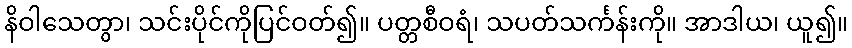
နိဝါသေတွာ၊ သင်းပိုင်ကိုပြင်ဝတ်၍။ ပတ္တစီဝရံ၊ သပတ်သင်္ကန်းကို။ အာဒါယ၊ ယူ၍။